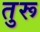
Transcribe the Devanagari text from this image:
तुरू